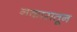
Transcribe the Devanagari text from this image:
नकारातून